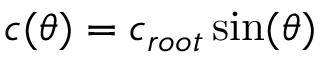
c ( \theta ) = c _ { r o o t } \sin ( \theta )